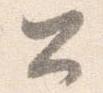
公